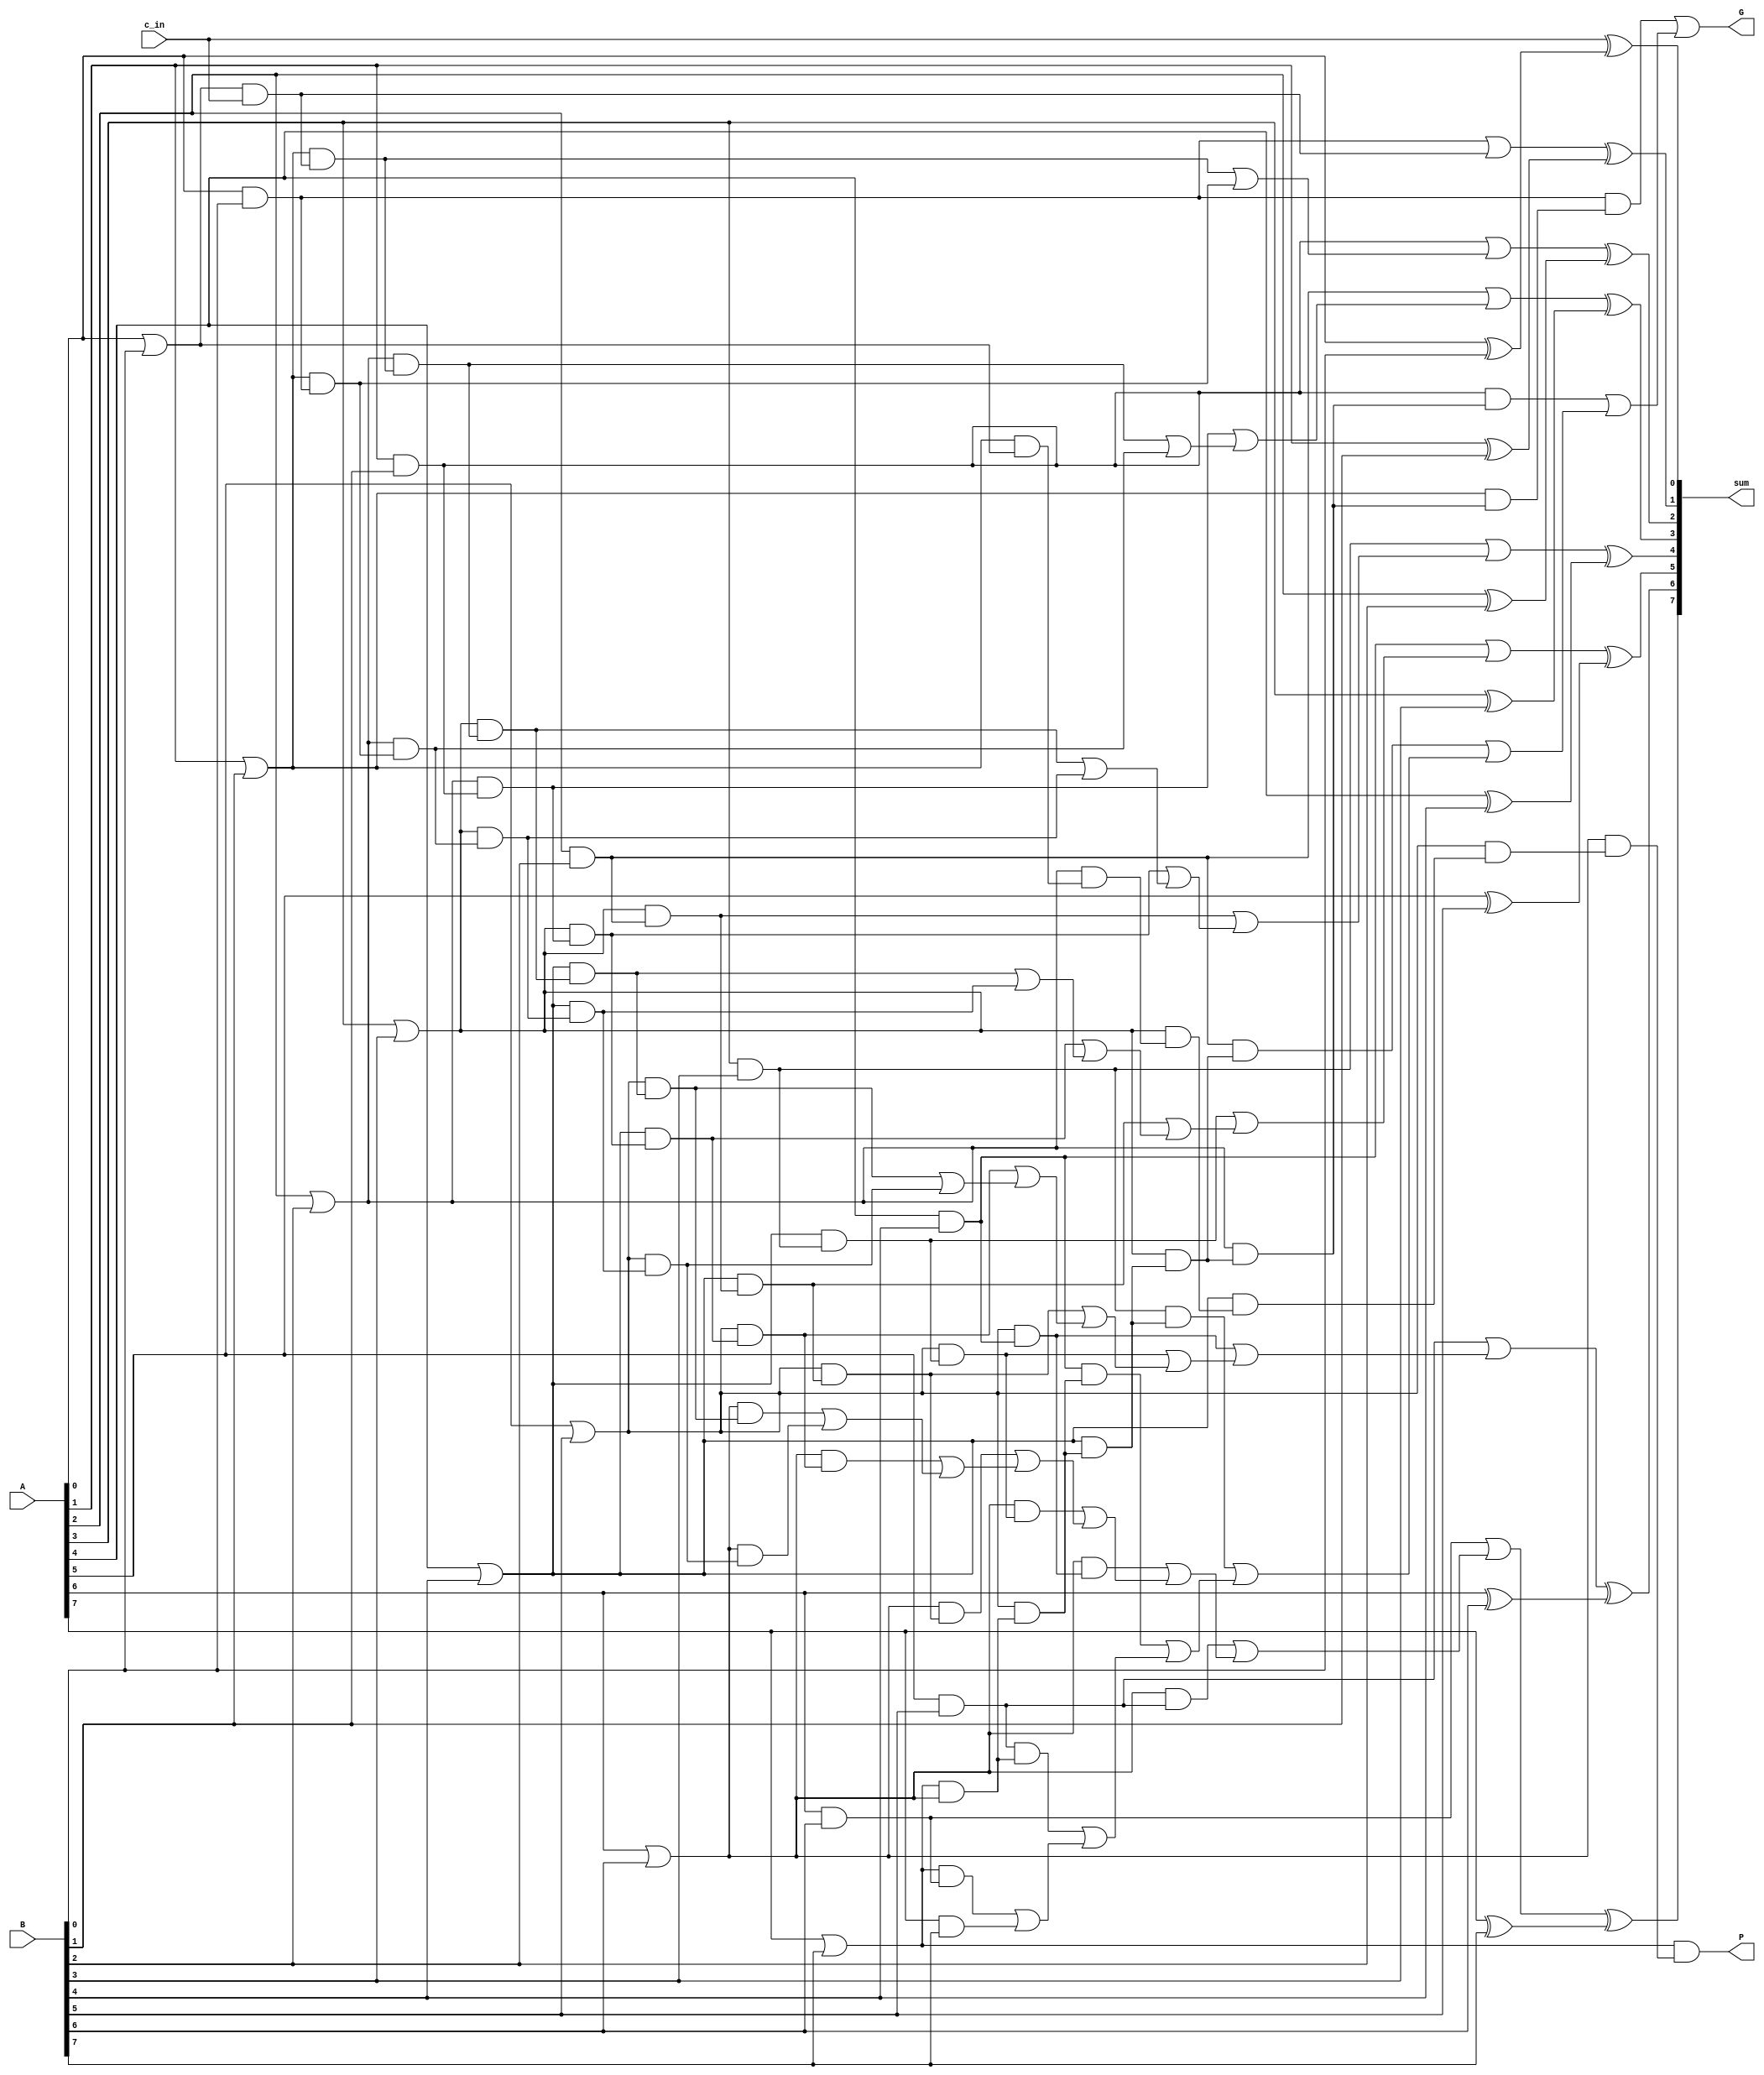
module cla(A, B, c_in, sum, G, P);

    input [7:0] A, B;
    input c_in;
    output [7:0] sum;
    output G, P;

    // g_i and p_i signals

    wire g_0, p_0;
    and g0 (g_0, A[0], B[0]);
    or p0 (p_0, A[0], B[0]);

    wire g_1, p_1;
    and g1( g_1, A[1], B[1]);
    or p1( p_1, A[1], B[1]);

    wire g_2, p_2;
    and g2( g_2, A[2], B[2]);
    or p2( p_2, A[2], B[2]);

    wire g_3, p_3;
    and g3( g_3, A[3], B[3]);
    or p3( p_3, A[3], B[3]);

    wire g_4, p_4;
    and g4( g_4, A[4], B[4]);
    or p4( p_4, A[4], B[4]);

    wire g_5, p_5;
    and g5( g_5, A[5], B[5]);
    or p5( p_5, A[5], B[5]);

    wire g_6, p_6;
    and g6( g_6, A[6], B[6]);
    or p6( p_6, A[6], B[6]);

    wire g_7, p_7;
    and g7( g_7, A[7], B[7]);
    or p7( p_7, A[7], B[7]);

    // c_i signals

    wire c_1; // c1 = g0 + p0 * c0
    wire w1;
    and and1 (w1, p_0, c_in);
    or or1 (c_1, g_0, w1);

    wire c_2; // c2 = g1 + p1 * g0 + p1 * p0 * c0
    wire w21, w22, t21;
    and and2_1 (w21, p_1, w1); // w21 = p1 * p0 * c0 = p1 * w1
    and and2_2 (w22, p_1, g_0); // w22 = p1 * g0
    or or2_1 (t21, w21, w22);
    or or2_2 (c_2, g_1, t21);

    wire c_3; // c3 = g2 + p2 * g1 + p2 * p1 * g0 + p2 * p1 * p0 * c0
    wire w31, w32, w33, t31, t32;
    and and3_1 (w31, p_2, w21); // w31 = p2 * p1 * p0 * c0 = p2 * w21
    and and3_2 (w32, p_2, w22); // w32 = p2 * p1 * g0 = p2 * w22
    and and3_3 (w33, p_2, g_1); // w33 = p2 * g1
    or or3_1 (t31, w31, w32);
    or or3_2 (t32, w33, t31);
    or or3_3 (c_3, g_2, t32);

    wire c_4; // c4 = g3 + p3 * g2 + p3 * p2 * g1 + p3 * p2 * p1 * g0 + p3 * p2 * p1 * p0 * c0
    wire w41, w42, w43, w44, t41, t42, t43;
    and and4_1 (w41, p_3, w31); // w41 = p3 * p2 * p1 * p0 * c0 = p3 * w31
    and and4_2 (w42, p_3, w32); // w42 = p3 * p2 * p1 * g0 = p3 * w32
    and and4_3 (w43, p_3, w33); // w43 = p3 * p2 * g1 = p3 * w33
    and and4_4 (w44, p_3, g_2); // w44 = p3 * g2
    or or4_1 (t41, w41, w42);
    or or4_2 (t42, w43, t41);
    or or4_3 (t43, w44, t42);
    or or4_4 (c_4, g_3, t43);

    wire c_5; // c5 = g4 + p4 * g3 + p4 * p3 * g2 + p4 * p3 * p2 * g1 + p4 * p3 * p2 * p1 * g0 + p4 * p3 * p2 * p1 * p0 * c0
    wire w51, w52, w53, w54, w55, t51, t52, t53, t54;
    and and5_1 (w51, p_4, w41); // w51 = p4 * p3 * p2 * p1 * p0 * c0 = p4 * w41
    and and5_2 (w52, p_4, w42); // w52 = p4 * p3 * p2 * p1 * g0 = p4 * w42
    and and5_3 (w53, p_4, w43); // w53 = p4 * p3 * p2 * g1 = p4 * w43
    and and5_4 (w54, p_4, w44); // w54 = p4 * p3 * g2 = p4 * w44
    and and5_5 (w55, p_4, g_3); // w55 = p4 * g3
    or or5_1 (t51, w51, w52);
    or or5_2 (t52, w53, t51);
    or or5_3 (t53, w54, t52);
    or or5_4 (t54, w55, t53);
    or or5_5 (c_5, g_4, t54);

    wire c_6; // c6 = g5 + p5 * g4 + p5 * p4 * g3 + p5 * p4 * p3 * g2 + p5 * p4 * p3 * p2 * g1 + p5 * p4 * p3 * p2 * p1 * g0 + p5 * p4 * p3 * p2 * p1 * p0 * c0
    wire w61, w62, w63, w64, w65, w66, t61, t62, t63, t64, t65;
    and and6_1 (w61, p_5, w51); // w61 = p5 * p4 * p3 * p2 * p1 * p0 * c0 = p5 * w51
    and and6_2 (w62, p_5, w52); // w62 = p5 * p4 * p3 * p2 * p1 * g0 = p5 * w52
    and and6_3 (w63, p_5, w53); // w63 = p5 * p4 * p3 * p2 * g1 = p5 * w53
    and and6_4 (w64, p_5, w54); // w64 = p5 * p4 * p3 * g2 = p5 * w54
    and and6_5 (w65, p_5, w55); // w65 = p5 * p4 * g3 = p5 * w55
    and and6_6 (w66, p_5, g_4); // w66 = p5 * g4
    or or6_1 (t61, w61, w62);
    or or6_2 (t62, w63, t61);
    or or6_3 (t63, w64, t62);
    or or6_4 (t64, w65, t63);
    or or6_5 (t65, w66, t64);
    or or6_6 (c_6, g_5, t65);

    wire c_7; // c7 = g6 + p6 * g5 + p6 * p5 * g4 + p6 * p5 * p4 * g3 + p6 * p5 * p4 * p3 * g2 + p6 * p5 * p4 * p3 * p2 * g1 + p6 * p5 * p4 * p3 * p2 * p1 * g0 + p6 * p5 * p4 * p3 * p2 * p1 * p0 * c0
    wire w71, w72, w73, w74, w75, w76, w77, t71, t72, t73, t74, t75, t76;
    and and7_1 (w71, p_6, w61); // w71 = p6 * p5 * p4 * p3 * p2 * p1 * p0 * c0 = p6 * w61
    and and7_2 (w72, p_6, w62); // w72 = p6 * p5 * p4 * p3 * p2 * p1 * g0 = p6 * w62
    and and7_3 (w73, p_6, w63); // w73 = p6 * p5 * p4 * p3 * p2 * g1 = p6 * w63
    and and7_4 (w74, p_6, w64); // w74 = p6 * p5 * p4 * p3 * g2 = p6 * w64
    and and7_5 (w75, p_6, w65); // w75 = p6 * p5 * p4 * g3 = p6 * w65
    and and7_6 (w76, p_6, w66); // w76 = p6 * p5 * g4 = p6 * w66
    and and7_7 (w77, p_6, g_5); // w77 = p6 * g5
    or or7_1 (t71, w71, w72);
    or or7_2 (t72, w73, t71);
    or or7_3 (t73, w74, t72);
    or or7_4 (t74, w75, t73);
    or or7_5 (t75, w76, t74);
    or or7_6 (t76, w77, t75);
    or or7_7 (c_7, g_6, t76);

    // P
    
    wire ptemp1, ptemp2, ptemp3, ptemp4, ptemp5, ptemp6, ptemp7;
    and and_p1 (ptemp1, p_1, p_0);
    and and_p2 (ptemp2, p_2, ptemp1);
    and and_p3 (ptemp3, p_3, ptemp2);
    and and_p4 (ptemp4, p_4, ptemp3);
    and and_p5 (ptemp5, p_5, ptemp4);
    and and_p6 (ptemp6, p_6, ptemp5);
    and and_p7 (P, p_7, ptemp6);

    // G

    wire gand1, gand2, gand3, gand4, gand5, gand6, gand7;
    wire intermediate1, intermediate2, intermediate3, intermediate4, intermediate5, intermediate6;
    and and_g1 (gand1, p_7, g_6); // gand1 = p7 * p6
    and and_g2_1 (intermediate1, p_7, p_6);
    and and_g2_2 (gand2, g_5, intermediate1); // gand2 = p7 * p6 * g5
    and and_g3_1 (intermediate2, p_5, intermediate1);
    and and_g3_2 (gand3, g_4, intermediate2); // gand3 = p7 * p6 * p5 * g4
    and and_g4_1 (intermediate3, p_4, intermediate2);
    and and_g4_2 (gand4, g_3, intermediate3); // gand4 = p7 * p6 * p5 * p4 * g3
    and and_g5_1 (intermediate4, p_3, intermediate3);
    and and_g5_2 (gand5, g_2, intermediate4); // gand5 = p7 * p6 * p5 * p4 * p3 * g2
    and and_g6_1 (intermediate5, p_2, intermediate4);
    and and_g6_2 (gand6, g_1, intermediate5); // gand6 = p7 * p6 * p5 * p4 * p3 * p2 * g1
    and and_g7_1 (intermediate6, p_1, intermediate5);
    and and_g7_2 (gand7, g_0, intermediate6); // gand7 = p7 * p6 * p5 * p4 * p3 * p2 * p1 * g0

    wire gor1, gor2, gor3, gor4, gor5, gor6, gor7;
    or or_g1 (gor1, gand1, g_7);
    or or_g2 (gor2, gand2, gor1);
    or or_g3 (gor3, gand3, gor2);
    or or_g4 (gor4, gand4, gor3);
    or or_g5 (gor5, gand5, gor4);
    or or_g6 (gor6, gand6, gor5);
    or or_g7 (G, gand7, gor6);

    // compute sum

    wire x_0, x_1, x_2, x_3, x_4, x_5, x_6, x_7;

    xor xor0_1 (x_0, A[0], B[0]);
    xor xor0_2 (sum[0], c_in, x_0);

    xor xor1_1 (x_1, A[1], B[1]);
    xor xor1_2 (sum[1], c_1, x_1);

    xor xor2_1 (x_2, A[2], B[2]);
    xor xor2_2 (sum[2], c_2, x_2);

    xor xor3_1 (x_3, A[3], B[3]);
    xor xor3_2 (sum[3], c_3, x_3);

    xor xor4_1 (x_4, A[4], B[4]);
    xor xor4_2 (sum[4], c_4, x_4);

    xor xor5_1 (x_5, A[5], B[5]);
    xor xor5_2 (sum[5], c_5, x_5);

    xor xor6_1 (x_6, A[6], B[6]);
    xor xor6_2 (sum[6], c_6, x_6);

    xor xor7_1 (x_7, A[7], B[7]);
    xor xor7_2 (sum[7], c_7, x_7);

endmodule

module alu_adder(data_operandA, data_operandB, c_0, data_result);

    input [31:0] data_operandA, data_operandB;
    input c_0;
    output [31:0] data_result;

    wire G_0, P_0, G_1, P_1, G_2, P_2, G_3, P_3;
    wire c_8, c_16, c_24, c_32;

    cla block_0 (data_operandA[7:0], data_operandB[7:0], c_0, data_result[7:0], G_0, P_0);

    // c8 = g0 + p0 * c0
    wire w0;
    and and8 (w0, P_0, c_0);
    or or8 (c_8, G_0, w0);

    cla block_1 (data_operandA[15:8], data_operandB[15:8], c_8, data_result[15:8], G_1, P_1);

    // c16 = g1 + p1 * g0 + p1 * p0 * c0
    wire w11, w12, t11;
    and and16_1 (w11, P_1, w0);
    and and16_2 (w12, P_1, G_0);
    or or16_1 (t11, w11, w12);
    or or16_2 (c_16, G_1, t11);

    cla block_2 (data_operandA[23:16], data_operandB[23:16], c_16, data_result[23:16], G_2, P_2);

    // c24 = g2 + p2 * g1 + p2 * p1 * g0 + p2 * p1 * p0 * c0
    wire w21, w22, w23, t21, t22;
    and and24_1 (w21, P_2, w11);
    and and24_2 (w22, P_2, w12);
    and and24_3 (w23, P_2, G_1);
    or or24_1 (t21, w21, w22);
    or or24_2 (t22, w23, t21);
    or or24_3 (c_24, G_2, t22);

    cla block_3 (data_operandA[31:24], data_operandB[31:24], c_24, data_result[31:24], G_3, P_3);

    // c32 = g3 + p3 * g2 + p3 * p2 * g1 + p3 * p2 * p1 * g0 + p3 * p2 * p1 * p0 * c0
    wire w31, w32, w33, w34, t31, t32, t33;
    wire c_out;
    and and32_1 (w31, P_3, w21);
    and and32_2 (w32, P_3, w22);
    and and32_3 (w33, P_3, w23);
    and and32_4 (w34, P_3, G_2);
    or or32_1 (t31, w31, w32);
    or or32_2 (t32, w33, t31);
    or or32_3 (t33, w34, t32);
    or or32_4 (c_out, G_3, t33);

endmodule